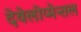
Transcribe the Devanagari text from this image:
देवेलोप्मेन्तल